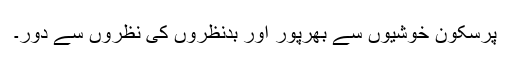
پرسکون خوشیوں سے بھرپور اور بدنظروں کی نظروں سے دور۔